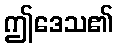
ဤဒေသ၏